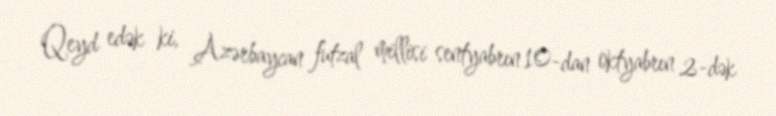
Qeyd edək ki, Azərbaycan futzal millisi sentyabrın 10-dan oktyabrın 2-dək